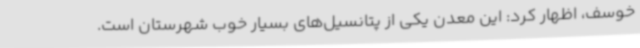
خوسف، اظهار کرد: این معدن یکی از پتانسیل‌های بسیار خوب شهرستان است.